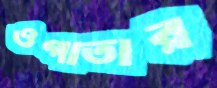
ওগাতার